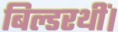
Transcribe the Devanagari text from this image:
बिल्डरथीं।